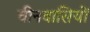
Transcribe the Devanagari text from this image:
चीनवासियों